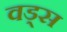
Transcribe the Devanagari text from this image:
वड्स